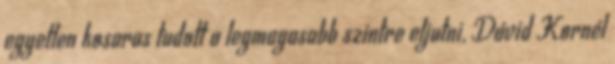
egyetlen kosaras tudott a legmagasabb szintre eljutni, Dávid Kornél